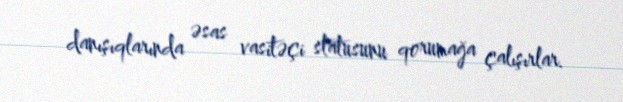
danışıqlarında əsas vasitəçi statusunu qorumağa çalışırlar.